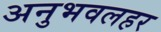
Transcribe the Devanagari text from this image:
अनुभवलहर